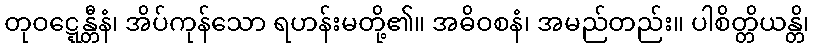
တုဝဋ္ဋေန္တီနံ၊ အိပ်ကုန်သော ရဟန်းမတို့၏။ အဓိဝစနံ၊ အမည်တည်း။ ပါစိတ္တိယန္တိ၊